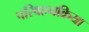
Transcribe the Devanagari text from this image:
परिवहनक्रिया